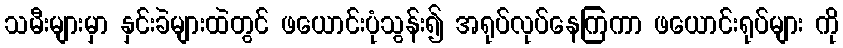
သမီးများမှာ နှင်းခဲများထဲတွင် ဖယောင်းပုံသွန်း၍ အရုပ်လုပ်နေကြကာ ဖယောင်းရုပ်များ ကို